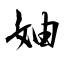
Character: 妯